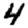
Digit: 4